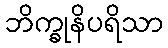
ဘိက္ခုနိပရိသာ